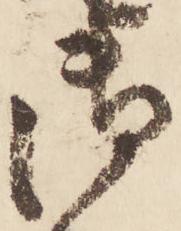
御